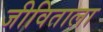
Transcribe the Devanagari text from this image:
जीविताला